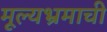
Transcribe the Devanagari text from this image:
मूल्यभ्रमाची